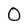
Character: O